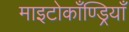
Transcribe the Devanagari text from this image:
माइटोकाँण्ड्रियाँ